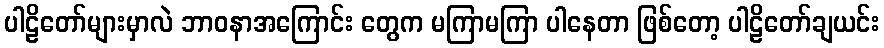
ပါဠိတော်များမှာလဲ ဘာဝနာအကြောင်း တွေက မကြာမကြာ ပါနေတာ ဖြစ်တော့ ပါဠိတော်ချယင်း